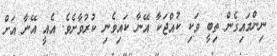
ނިންމައިގެން ތިބީ ވަކި ކުއްޖަކާ އޭނާ ކައިވެނި ކުރުވާށެވެ. އެއީ އޭނާ އަށް